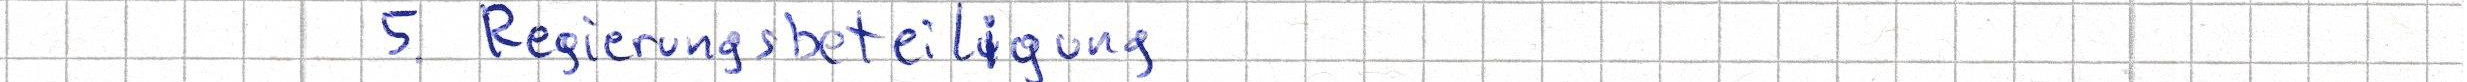
5. Regierungsbeteiligung